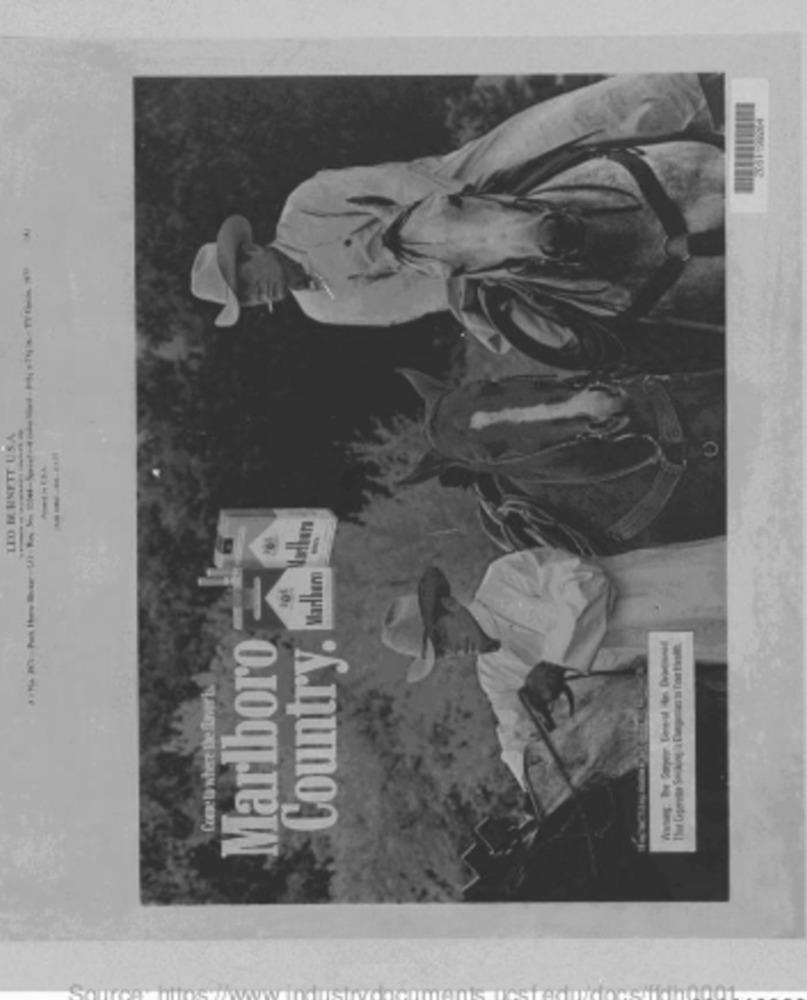
LEO I. HXETT USA
Country. Mellem Vellen
Marlboro
Coese la where the flavor bsd